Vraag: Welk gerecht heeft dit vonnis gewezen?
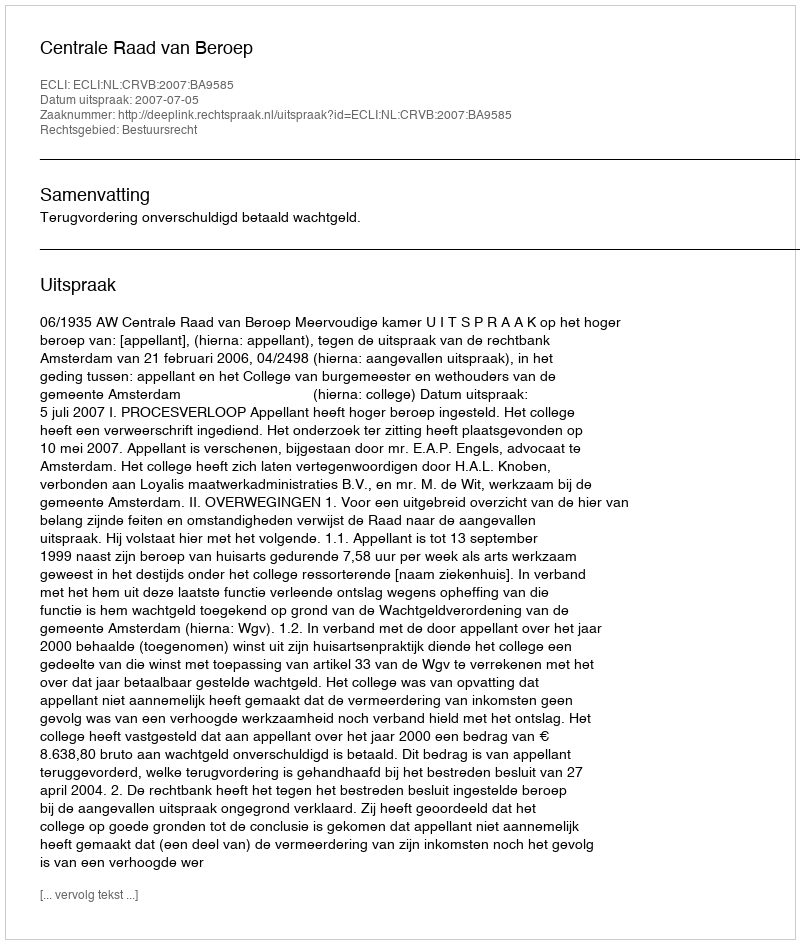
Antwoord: Centrale Raad van Beroep